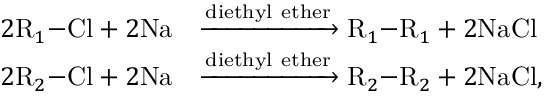
\begin{array} { r l } { 2 \mathrm { R } _ { 1 } \mathrm { - C l } + 2 \mathrm { N a } } & { \xrightarrow [ ] { \mathrm { d i e t h y l ~ e t h e r } } \mathrm { R } _ { 1 } \mathrm { - R } _ { 1 } + 2 \mathrm { N a C l } } \\ { 2 \mathrm { R } _ { 2 } \mathrm { - C l } + 2 \mathrm { N a } } & { \xrightarrow [ ] { \mathrm { d i e t h y l ~ e t h e r } } \mathrm { R } _ { 2 } \mathrm { - R } _ { 2 } + 2 \mathrm { N a C l } , } \end{array}